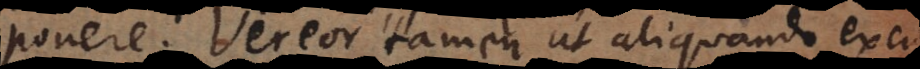
ponere. Vereor tamen ut aliquando excu